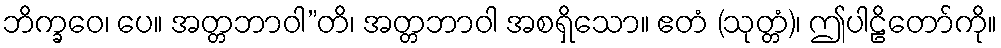
ဘိက္ခဝေ၊ ပေ။ အတ္တဘာဝါ”တိ၊ အတ္တဘာဝါ အစရှိသော။ ဧတံ (သုတ္တံ)၊ ဤပါဠိတော်ကို။